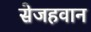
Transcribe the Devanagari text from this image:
सेजहवान